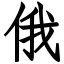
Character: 俄